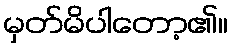
မှတ်မိပါတော့၏။